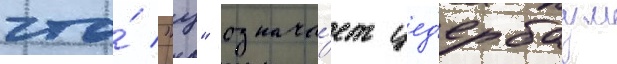
что́ "ц" означа́ет цед'ербаум